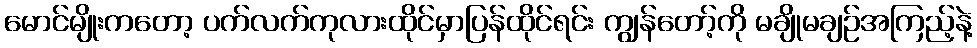
မောင်မျိုးကတော့ ပက်လက်ကုလားထိုင်မှာပြန်ထိုင်ရင်း ကျွန်တော့်ကို မချိုမချဉ်အကြည့်နဲ့